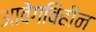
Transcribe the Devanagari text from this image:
आवेगविहीन